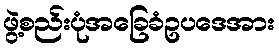
ဖွဲ့စည်းပုံအခြေခံဥပဒေအား